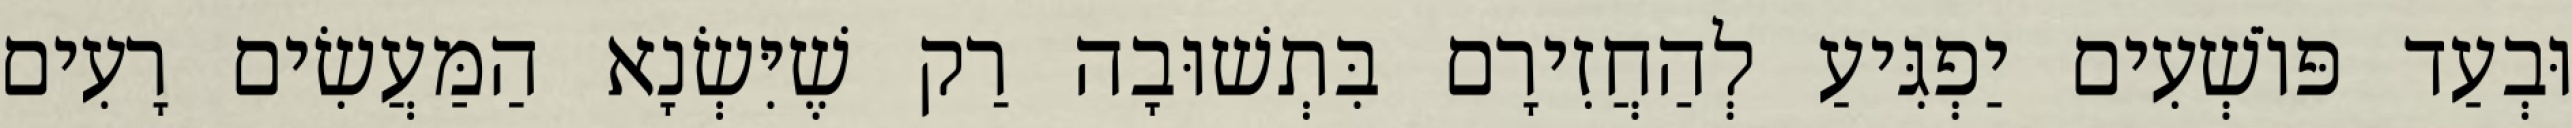
וּבְעַד פּוֹשְׁעִים יַפְגִּיעַ לְהַחֲזִירָם בִּתְשׁוּבָה רַק שֶׁיִּשְׂנָא הַמַּעֲשִׂים רָעִים